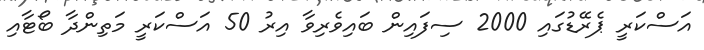
އަސްކަރީ ޕެރޭޑުގައި 2000 ސިފައިން ބައިވެރިވާ އިރު 50 އަސްކަރީ މަތިންދާ ބޯޓާއި